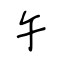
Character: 午